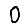
Digit: 0